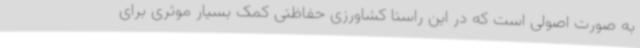
به صورت اصولی است که در این راستا کشاورزی حفاظتی کمک بسیار موثری برای